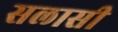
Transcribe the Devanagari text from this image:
सलासी